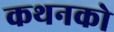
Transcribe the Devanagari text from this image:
कथनको